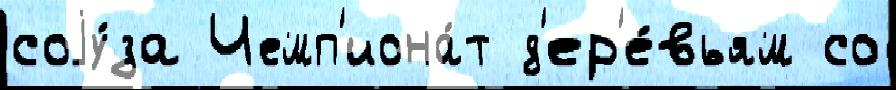
соjу́за Чемп'иона́т д'ер'е́вьям со